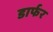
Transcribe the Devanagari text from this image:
डार्फर